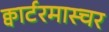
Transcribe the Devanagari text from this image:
क्वार्टरमास्चर